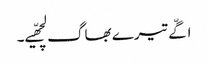
اگّے تیرے بھاگ لچھّیے۔